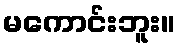
မကောင်းဘူး။